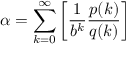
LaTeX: \alpha = \sum _ { k = 0 } ^ { \infty } \left[ { \frac { 1 } { b ^ { k } } } { \frac { p ( k ) } { q ( k ) } } \right]